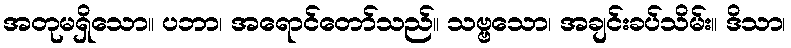
အတုမရှိသော။ ပဘာ၊ အရောင်တော်သည်။ သဗ္ဗသော၊ အချင်းခပ်သိမ်း။ ဒိသာ၊